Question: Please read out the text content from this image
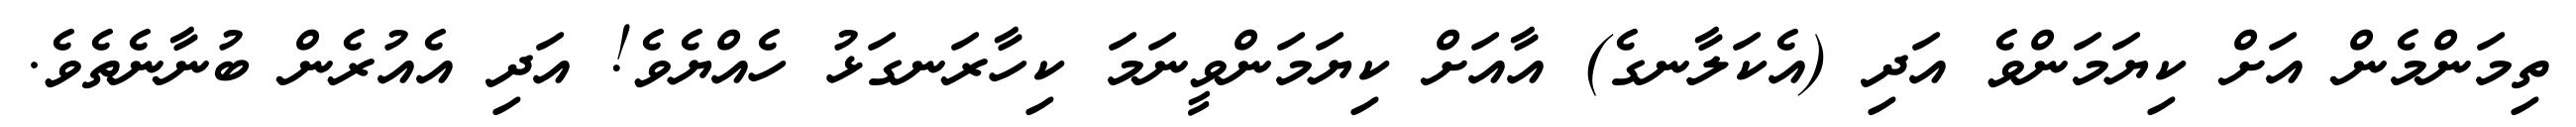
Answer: ތިމަންމެން އަށް ކިޔަމަންވެ އަދި (އެކަލާނގެ) އާއަށް ކިޔަމަންވީނަމަ ކިހާރަނގަޅު ހެއްޔެވެ! އަދި އެއުރެން ބުނާނެތެވެ.